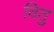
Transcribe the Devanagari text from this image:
वितु